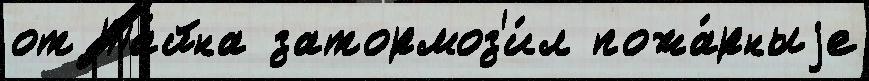
от Та́йна затормоз'и́л пожа́рныjе